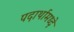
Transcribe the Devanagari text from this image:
पदार्थामध्दे